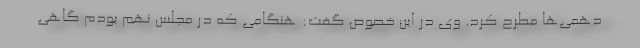
دهمی‌ها مطرح کرد. وی در این خصوص گفت: هنگامی که در مجلس نهم بودم گاهی